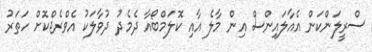
ސްރީލަންކަން އެއާލައިންސް އިން މާލެ އާއި ކޮލަމްބޯއާ ދެމެދު ދުވާލަކު އެވްރެޖްކޮށް ހަތަރު